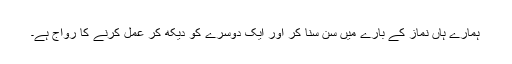
ہمارے ہاں نماز کے بارے میں سن سنا کر اور ایک دوسرے کو دیکھ کر عمل کرنے کا رواج ہے۔